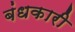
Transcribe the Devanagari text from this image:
बंधकारी